Annual vaccination report of Bihar and Orissa - 1911-1928
Year: 1911
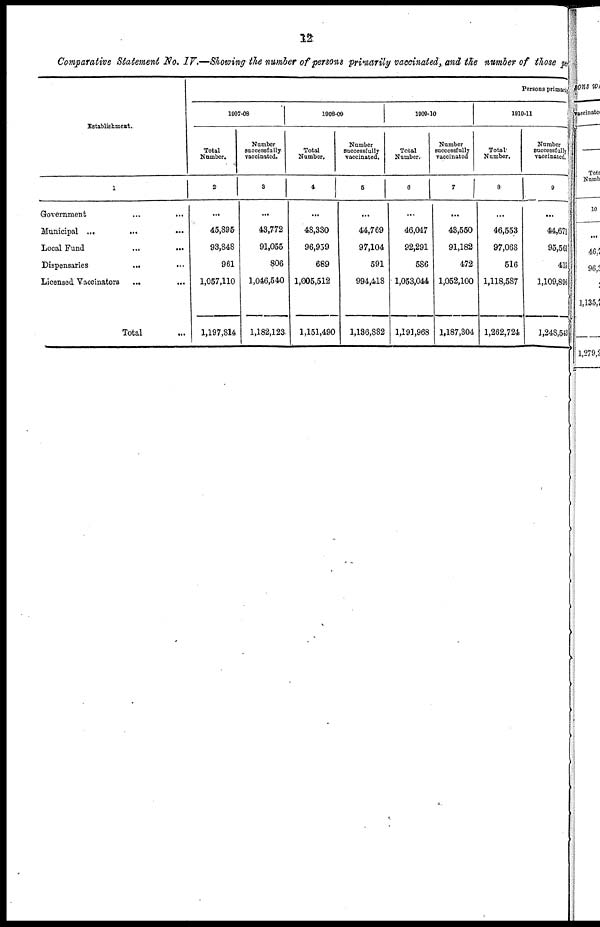
12
Comparative Statement No. IV.—Showing the number of persons primarily vaccinated, and the number of those per
Establishment.
1
Government ... ...
Municipal ...
...
...
Local fund
...
...
Dispensaries
... ...
Licensed Vaccinators ... ...
Total ...
Persons primary
1907-08
Total
Number.
2
...
45,895
93,848
961
1,057,110
1,197,814
Number
successfully
vaccinated.
3
...
43,772
91,055
806
1,046,540
1,182,123
1908-09
Total
Number.
4
...
48,330
96,959
689
1,005,512
1,151,490
Number
Successfully
vaccinated.
5
...
44,769
97,104
591
994,418
1,136,882
1909-10
Total
Number.
6
...
46,047
92,291
586
1,053,044
1,191,968
Number
successfully
vaccinated
7
...
43,550
91,182
472
1,052,100
1,187,304
1910-11
Total
Number.
8
...
46,553
97,068
516
1,118,587
1,262,724
Number
successfully
vaccinated.
9
...
44,671
95,561
415
1,109,896
1,248,543